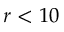
r < 1 0